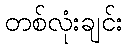
တစ်လုံးချင်း